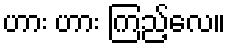
ဟား ဟား ကြည့်လေ။